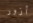
أزور